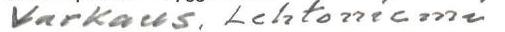
Varkaus, Lehtoniemi